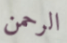
الرحمن